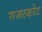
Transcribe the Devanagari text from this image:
गजरकोट